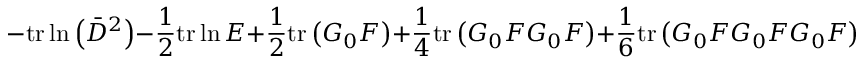
- \mathrm { t r } \ln \left( \bar { D } ^ { 2 } \right) - \frac { 1 } { 2 } \mathrm { t r } \ln E + \frac { 1 } { 2 } \mathrm { t r } \left( G _ { 0 } F \right) + \frac { 1 } { 4 } \mathrm { t r } \left( G _ { 0 } F G _ { 0 } F \right) + \frac { 1 } { 6 } \mathrm { t r } \left( G _ { 0 } F G _ { 0 } F G _ { 0 } F \right) + \ldots